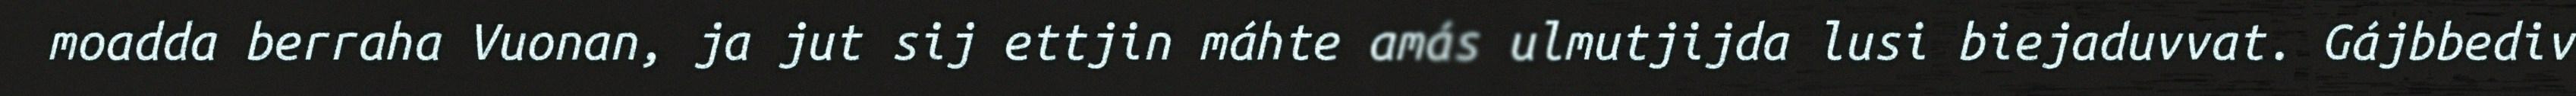
moadda berraha Vuonan, ja jut sij ettjin máhte amás ulmutjijda lusi biejaduvvat. Gájbbediv